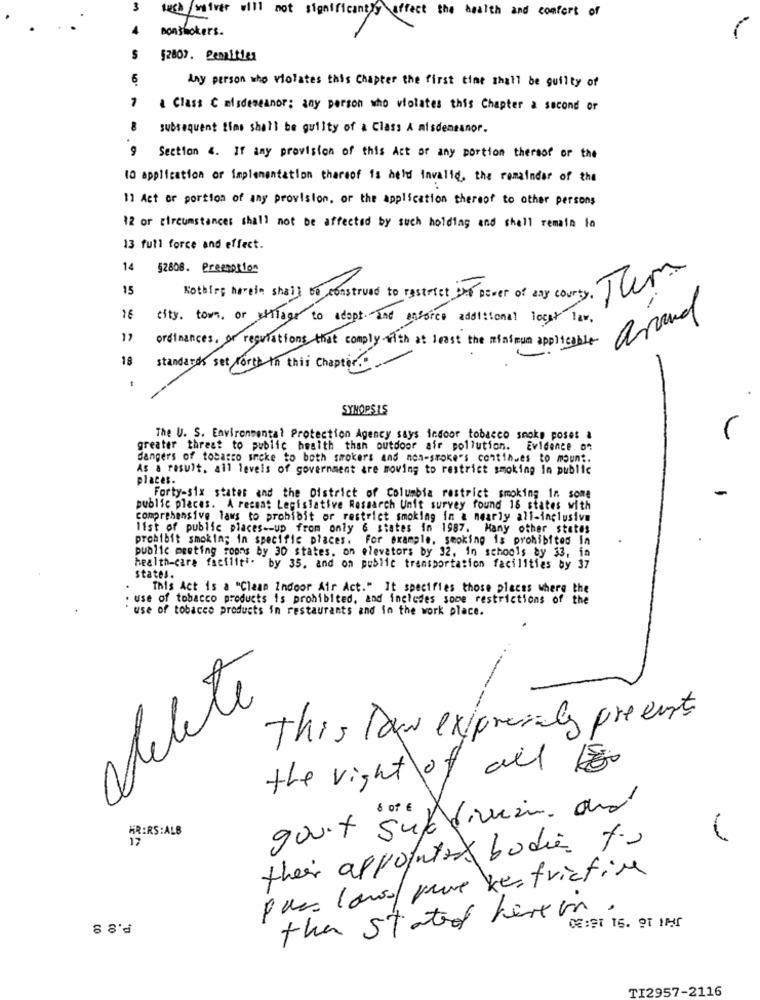
3
lush waiver will not significantly affect the health and comfort of
1
nonsmokers.
52807. Penalties
5
Any person who violates this Chapter the first time shall be guilty of
1
& Class C misdemeanor: any person who violates this Chapter a second or
subsequent time shall be guilty of a Class A misdemeanor.
9 Section 4. If any provision of this Act or any portion thereof or the
10 application or implementation thereof is held invalid, the remainder of the
1) Act or portion of any provision, or the application thereof to other persons
12 or circumstances shall not be affected by such holding and shall remain in
13 full force and effect.
14
52808. Preemption
15
Nothing hardie shall be construed to restrict the power of any courty. Ther
around
16
city. town , or etflager to adopt. and enforce additional local law .
ordinances, or regulations that comply with at least the minimum applicable-
18
standards set forth in this Chapter ...
SYNOPSIS
The U. S. Environmental Protection Agency says indoor tobacco snoke poses a
greater threat to public health than outdoor air pollution. Evidence on
dangers of tobacco smoke to both smokers and non-smokers continues to mount.
As a result, all levels of government are moving to restrict smoking in public
places.
Forty-six states and the District of Columbia restrict smoking in some
public places. A recent Legislative Research Unit survey found 18 states with
comprehensive laws to prohibit or restrict smoking in a nearly all-inclusive
list of public places -- up from only 6 states in 1987. Many other states
prohibit smokin; in specific places. For example, smoking is prohibited In
public meeting rooms by 30 states, on elevators by 32. in schools by 33, in
health-care faciliti. by 35. and on public transportation facilities by 37
states.
This Act is a "Clean Indoor Air Act." It specifies those places where the
. use of tobacco products is prohibited, and includes some restrictions of the
use of tobacco products in restaurants and in the work place.
delete
This Dow expressly presents
the right of all
-
gooit superman and
ÄR:RS:ALB
12
their appointed bodies to
Pas. lowsapere Restrictive
the stated here in.
P.8 8
TI2957-2116